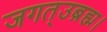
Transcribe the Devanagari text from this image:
जगत्उब्रह्म।